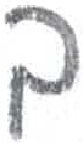
אות: ך